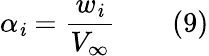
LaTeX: \alpha_{\mathit{i}}={\frac{{w_{\mathit{i}}}}{{V_{\infty}}}}\qquad(9)